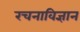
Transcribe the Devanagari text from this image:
रचनाविज्ञान